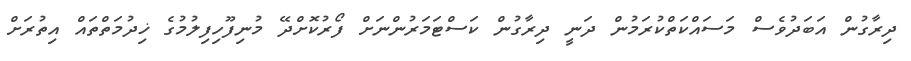
ދިރާގުން އަބަދުވެސް މަސައްކަތްކުރަމުން ދަނީ ދިރާގުން ކަސްޓަމަރުންނަށް ފޯރުކޮށްދޭ މުނިފޫހިފިލުމުގެ ޚިދުމަތްތައް އިތުރަށް